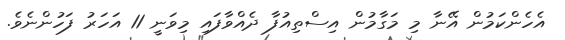
އެހެންކަމުން އޭނާ މި މަގާމުން އިސްތިއުފާ ދެއްވާފައި މިވަނީ 11 އަހަރު ފަހުންނެވެ.